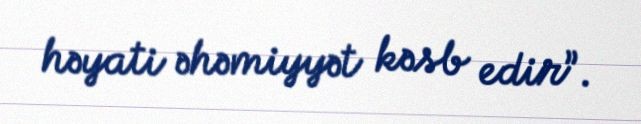
həyati əhəmiyyət kəsb edir”.